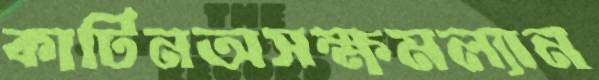
কার্টিনঅসক্ষমল্যান